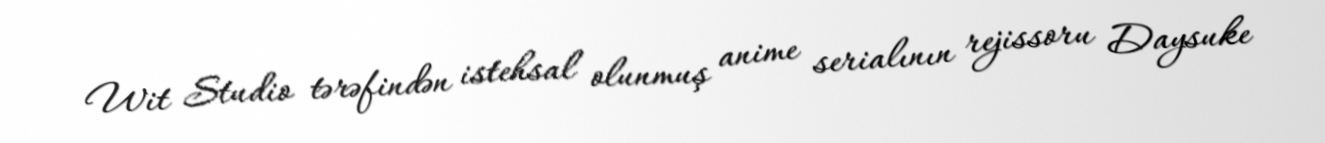
Wit Studio tərəfindən istehsal olunmuş anime serialının rejissoru Daysuke